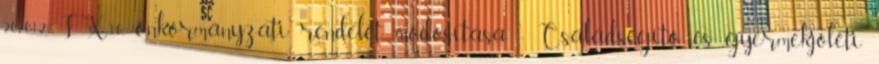
202012. IX.10. önkormányzati rendelet módosítása - Családsegítő és gyermekjóléti